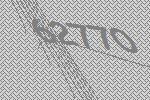
62770